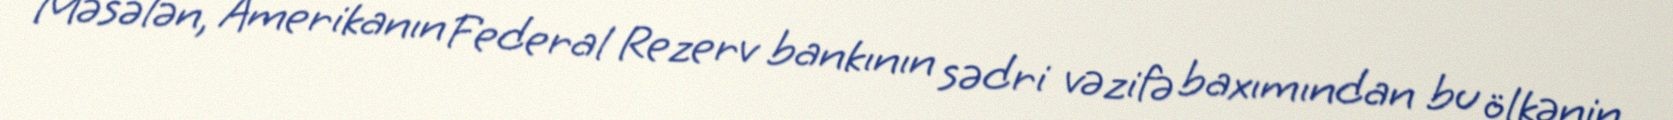
Məsələn, Amerikanın Federal Rezerv bankının sədri vəzifə baxımından bu ölkənin